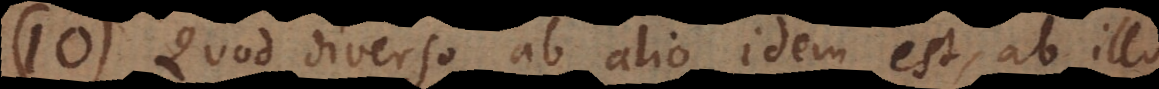
10) Quod diverso ab alio idem est, ab illo